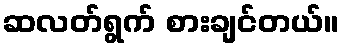
ဆလတ်ရွက် စားချင်တယ်။